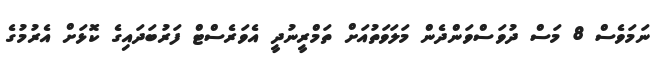
ނަމަވެސް 8 މަސް ދުވަސްވަންދެން މަލަވަތުއަށް ތަމްރީނުދީ އެވަރެސްޓް ފަރުބަދައިގެ ކޮޅަށް އެރުމުގެ